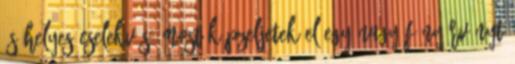
és helyes cselekvés. Most képzeljetek el egy nagy fényörvényt